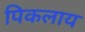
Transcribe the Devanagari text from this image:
पिकलाय